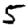
Digit: 5